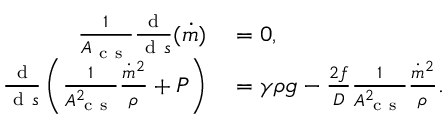
\begin{array} { r l } { \frac { 1 } { A _ { \mathrm { ~ c ~ s ~ } } } \frac { \mathrm { ~ d ~ } } { \mathrm { ~ d ~ } s } ( \dot { m } ) } & { { } = 0 , } \\ { \frac { \mathrm { ~ d ~ } } { \mathrm { ~ d ~ } s } \left( \frac { 1 } { A _ { \mathrm { ~ c ~ s ~ } } ^ { 2 } } \frac { \dot { m } ^ { 2 } } { \rho } + P \right) } & { { } = \gamma \rho g - \frac { 2 f } { D } \frac { 1 } { A _ { \mathrm { ~ c ~ s ~ } } ^ { 2 } } \frac { \dot { m } ^ { 2 } } { \rho } . } \end{array}